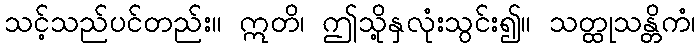
သင့်သည်ပင်တည်း။ ဣတိ၊ ဤသို့နှလုံးသွင်း၍။ သတ္ထုသန္တိကံ၊